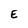
Character: E